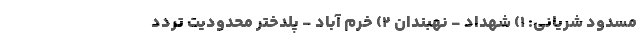
مسدود شریانی: ۱) شهداد - نهبندان ۲) خرم آباد - پلدختر محدودیت تردد